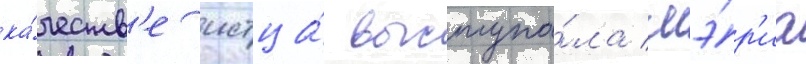
ка́честв'е истца́ выступа́ла мэ́р'иа